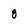
Character: 8